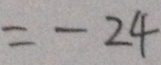
= - 2 4